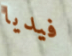
فيديا